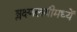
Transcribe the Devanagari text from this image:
श्लक्ष्णलयीमध्यें